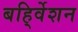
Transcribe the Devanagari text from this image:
बहि्र्वेशन